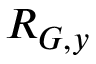
R _ { G , y }